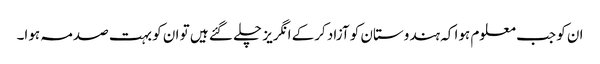
ان کو جب معلوم ہوا کہ ہندوستان کو آزاد کرکے انگریز چلے گئے ہیں تو ان کو بہت صدمہ ہوا۔